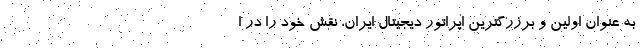
به عنوان اولین و برزرگترین اپراتور دیجیتال ایران، نقش خود را در ا